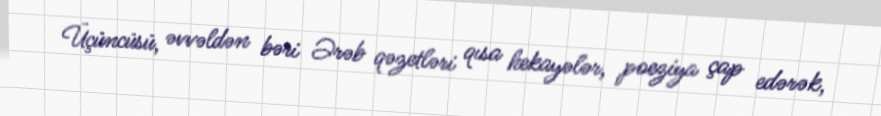
Üçüncüsü, əvvəldən bəri Ərəb qəzetləri qısa hekayələr, poeziya çap edərək,